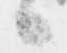
候